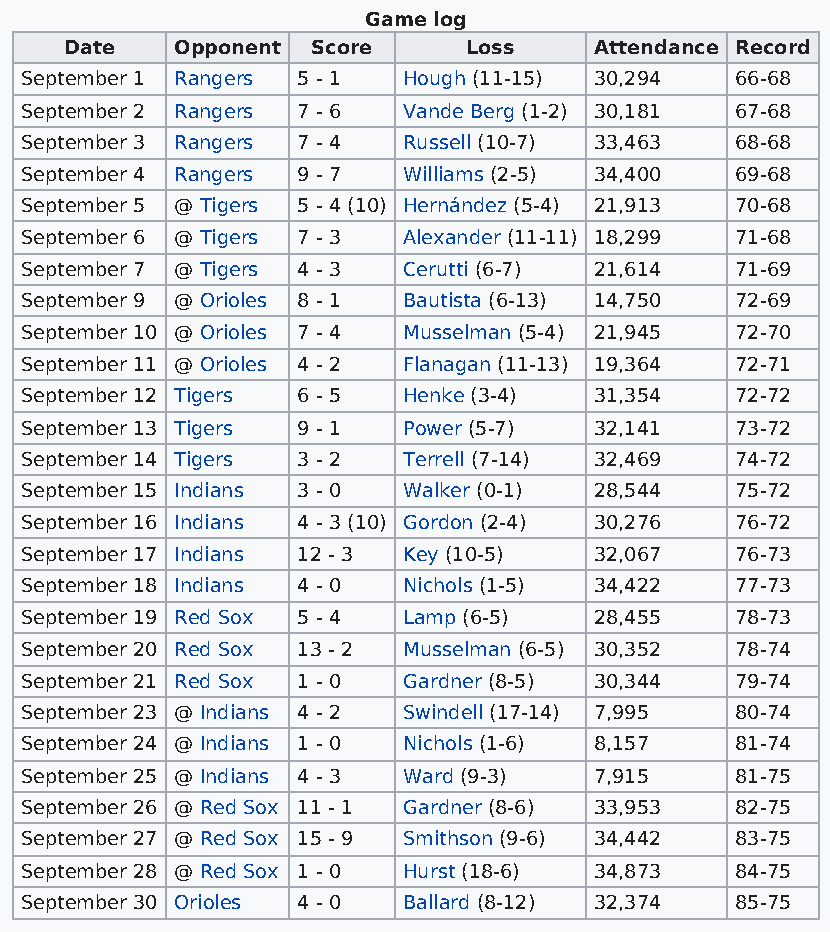
Game log
 Date    Opponent Score     Loss    Attendance Record
 September 1 Rangers 5 - 1 Hough (11-15) 30,294  66-68
 September 2 Rangers 7 - 6 Vande Berg (1-2) 30,181 67-68
 September 3 Rangers 7 - 4 Russell (10-7) 33,463 68-68
 September 4 Rangers 9 - 7 Williams (2-5) 34,400 69-68
 September 5 @ Tigers 5 - 4 (10) Hernández (5-4) 21,913 70-68
 September 6 @ Tigers 7 - 3 Alexander (11-11) 18,299 71-68
 September 7 @ Tigers 4 - 3 Cerutti (6-7) 21,614 71-69
 September 9 @ Orioles 8 - 1 Bautista (6-13) 14,750 72-69
 September 10 @ Orioles 7 - 4 Musselman (5-4) 21,945 72-70
 September 11 @ Orioles 4 - 2 Flanagan (11-13) 19,364 72-71
 September 12 Tigers 6 - 5 Henke (3-4) 31,354    72-72
 September 13 Tigers 9 - 1 Power (5-7) 32,141    73-72
 September 14 Tigers 3 - 2 Terrell (7-14) 32,469 74-72
 September 15 Indians 3 - 0 Walker (0-1) 28,544  75-72
 September 16 Indians 4 - 3 (10) Gordon (2-4) 30,276 76-72
 September 17 Indians 12 - 3 Key (10-5) 32,067   76-73
 September 18 Indians 4 - 0 Nichols (1-5) 34,422 77-73
 September 19 Red Sox 5 - 4 Lamp (6-5) 28,455    78-73
 September 20 Red Sox 13 - 2 Musselman (6-5) 30,352 78-74
 September 21 Red Sox 1 - 0 Gardner (8-5) 30,344 79-74
 September 23 @ Indians 4 - 2 Swindell (17-14) 7,995 80-74
 September 24 @ Indians 1 - 0 Nichols (1-6) 8,157 81-74
 September 25 @ Indians 4 - 3 Ward (9-3) 7,915   81-75
 September 26 @ Red Sox 11 - 1 Gardner (8-6) 33,953 82-75
 September 27 @ Red Sox 15 - 9 Smithson (9-6) 34,442 83-75
 September 28 @ Red Sox 1 - 0 Hurst (18-6) 34,873 84-75
 September 30 Orioles 4 - 0 Ballard (8-12) 32,374 85-75